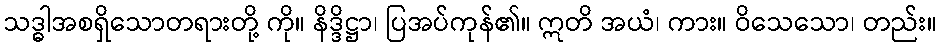
သဒ္ဓါအစရှိသောတရားတို့ ကို။ နိဒ္ဒိဋ္ဌာ၊ ပြအပ်ကုန်၏။ ဣတိ အယံ၊ ကား။ ဝိသေသော၊ တည်း။